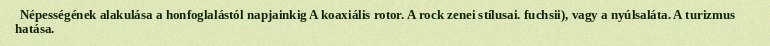
Népességének alakulása a honfoglalástól napjainkig A koaxiális rotor. A rock zenei stílusai. fuchsii), vagy a nyúlsaláta. A turizmus hatása.